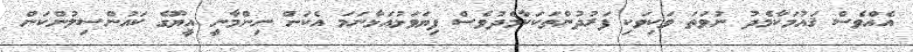
އެއްވެސް ޤައުމަކާމެދު ނުވަތަ ވަކިވަކި ފަރުދުންތަކަކާމެދުވެސް ފިޔަވަޅުއަޅާނަމަ އެކަން ނިންމާނީ އީޔޫގެ ކައުންސިލުންކަން